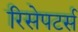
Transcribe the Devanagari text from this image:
रिसेपटर्स